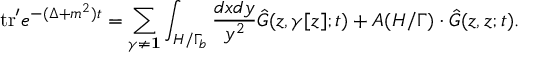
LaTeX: \mathrm { t r } ^ { \prime } e ^ { - ( \Delta + m ^ { 2 } ) t } = \sum _ { \gamma \neq { \bf 1 } } \int _ { H / \Gamma _ { b } } { \frac { d x d y } { y ^ { 2 } } } { \hat { G } } ( z , \gamma [ z ] ; t ) + A ( H / \Gamma ) \cdot { \hat { G } } ( z , z ; t ) .